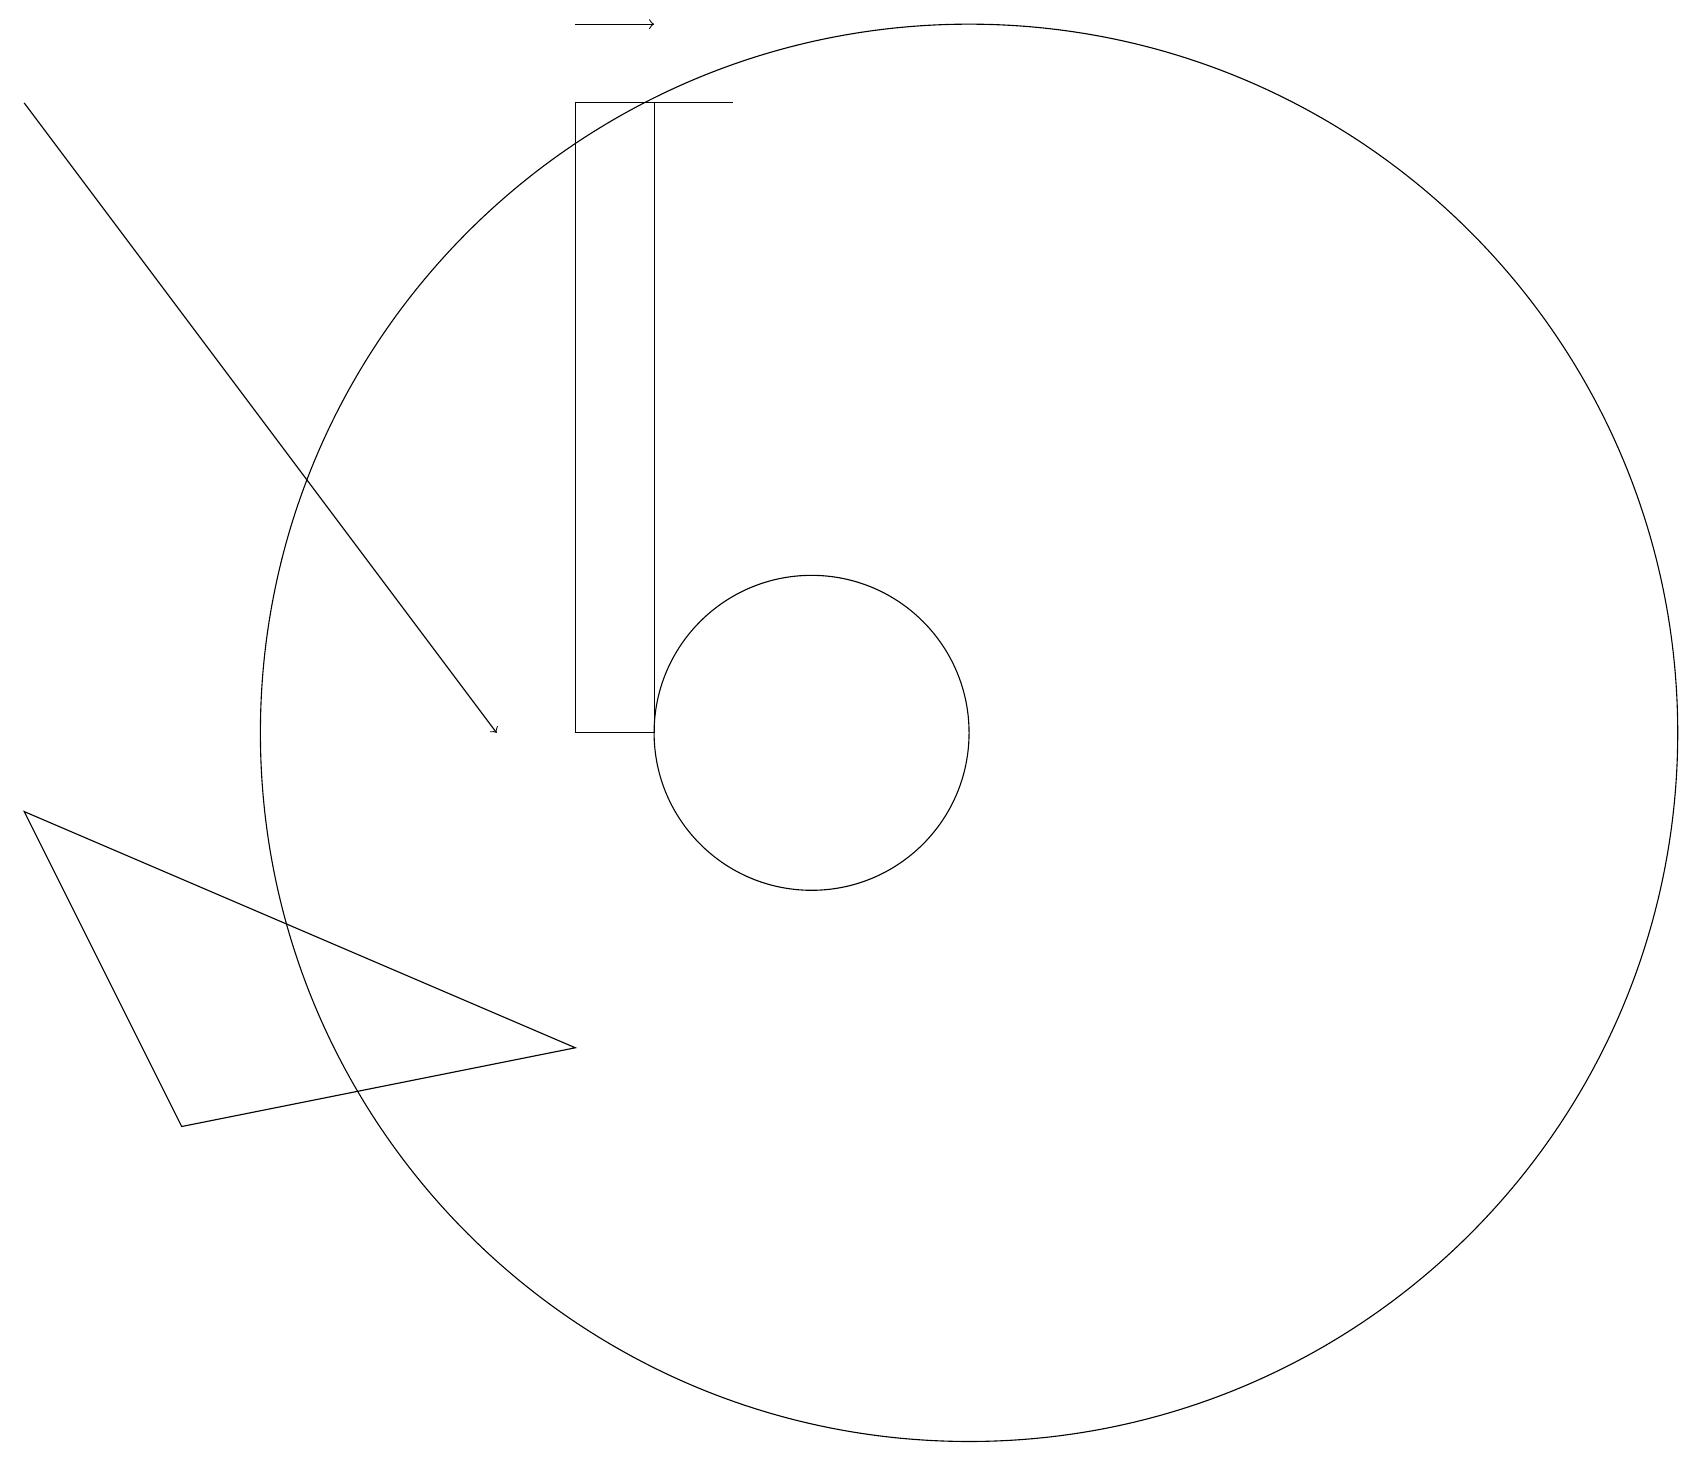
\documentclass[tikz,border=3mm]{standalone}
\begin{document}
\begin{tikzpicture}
\draw (12,10) circle (9);
\draw (7,10) rectangle (8,18);
\draw[->] (0,18) -- (6,10);
\draw (10,10) circle (2);
\draw[->] (7,19) -- (8,19);
\draw (8,18) rectangle (9,18);
\draw (7,6) -- (2,5) -- (0,9) -- cycle;
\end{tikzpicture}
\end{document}